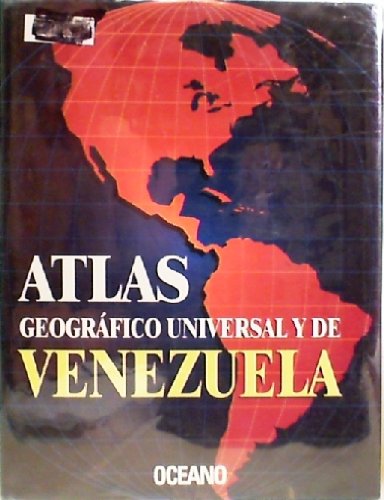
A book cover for Atlas Geogrofico Universal y de Venezuela. (Universal and Latin American National Atlases) (Spanish Edition); Travel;